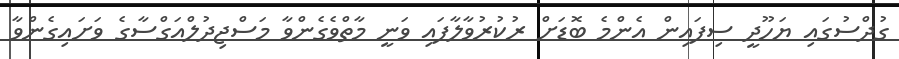
ގުދްސުގައި ޔަހޫދީ ސިފައިން އެންމެ ބޮޑަށް ރުކުރުވާލާފައި ވަނީ މާތްވެގެންވާ މަސްޖިދުލްއަގްސާގެ ވަށައިގެންވާ